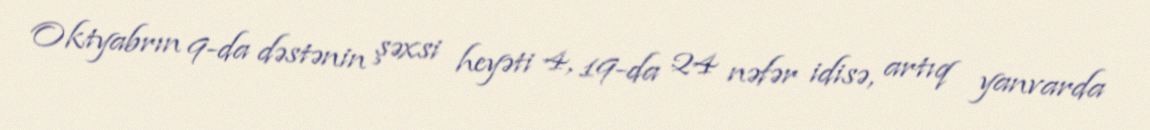
Oktyabrın 9-da dəstənin şəxsi heyəti 4, 19-da 24 nəfər idisə, artıq yanvarda